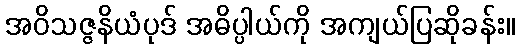
အဝိသဇ္ဇနိယံပုဒ် အဓိပ္ပါယ်ကို အကျယ်ပြဆိုခန်း။